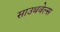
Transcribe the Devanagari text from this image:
साउथवेल्स